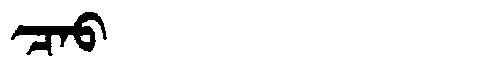
Manchu: ᠴᠠᠣ
Romanization: CAO